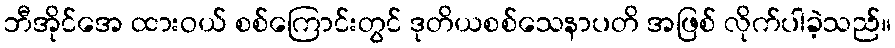
ဘီအိုင်အေ ထားဝယ် စစ်ကြောင်းတွင် ဒုတိယစစ်သေနာပတိ အဖြစ် လိုက်ပါခဲ့သည်။